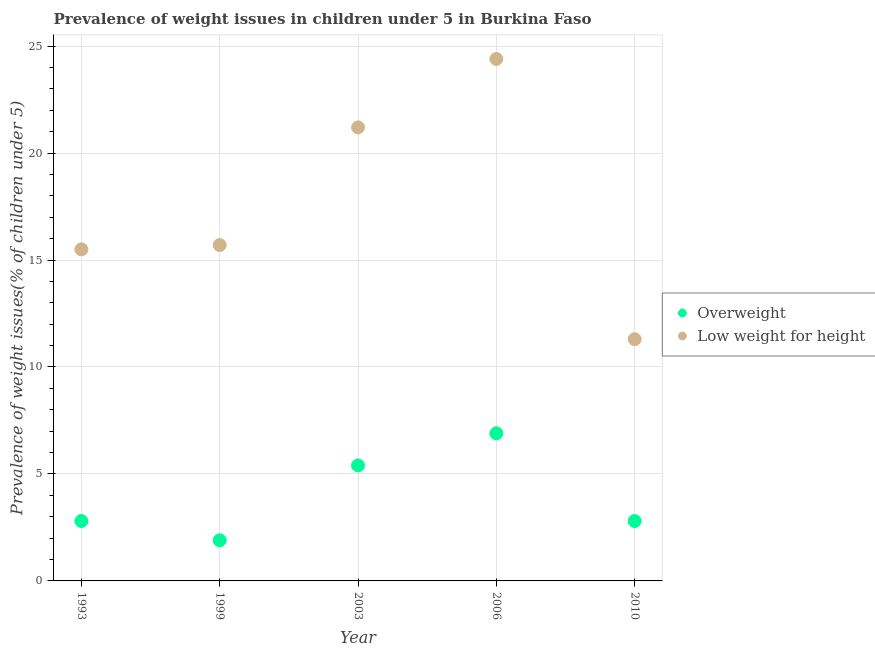
| Year | Overweight | Low weight for height |
 | --- | --- | --- |
 | 1993 | 2.8 | 15.5 |
 | 1999 | 1.9 | 15.7 |
 | 2003 | 5.4 | 21.2 |
 | 2006 | 6.9 | 24.4 |
 | 2010 | 2.8 | 11.3 |